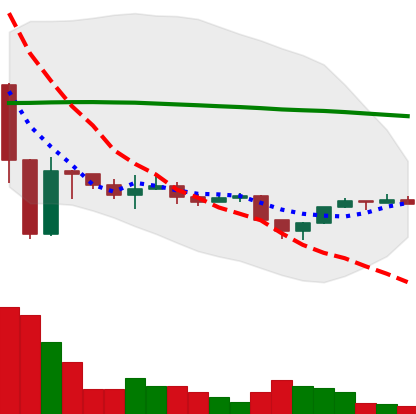
Ticker: ETH-USD
Chart end date: 2022-11-27
Forward return: 8.298%
Label: up_7plus